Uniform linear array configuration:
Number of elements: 64
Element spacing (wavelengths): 1
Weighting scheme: binomial
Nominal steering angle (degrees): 45
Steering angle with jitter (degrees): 45.248
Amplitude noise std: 0.05
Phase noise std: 0.05

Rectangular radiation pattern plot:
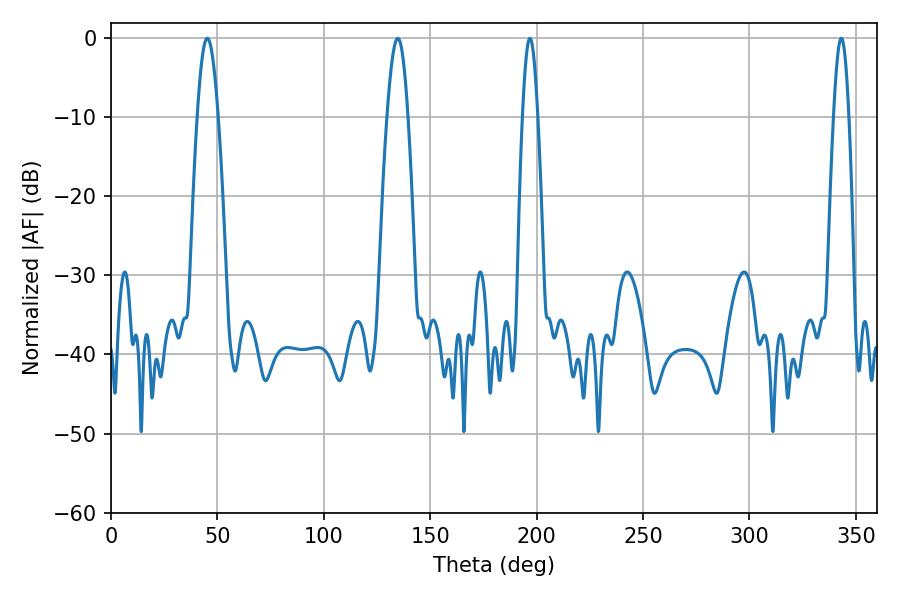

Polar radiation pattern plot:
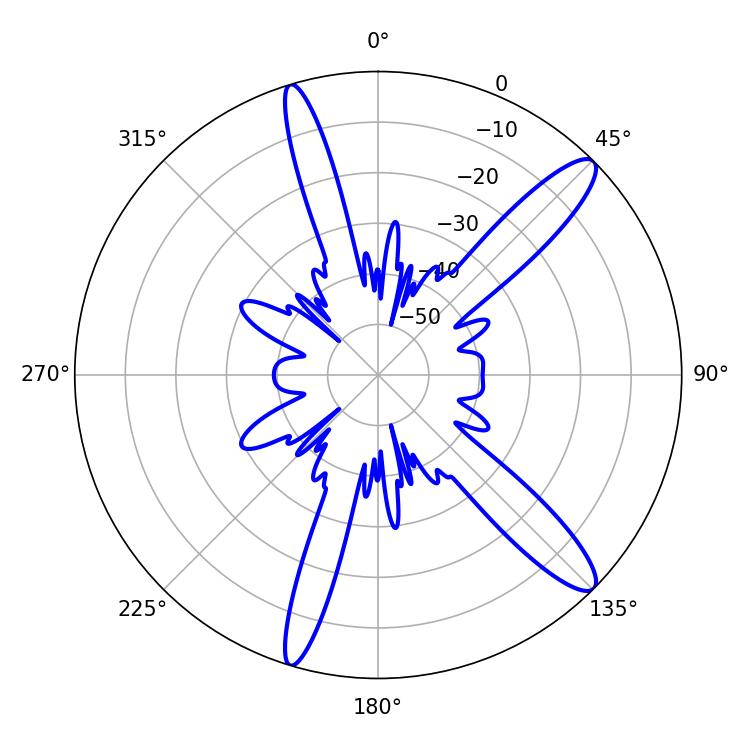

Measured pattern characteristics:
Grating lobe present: TRUE
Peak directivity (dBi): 12.98
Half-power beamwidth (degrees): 5.22
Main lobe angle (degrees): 45.18